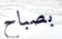
بصباح